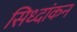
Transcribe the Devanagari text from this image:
सिध्दांकन